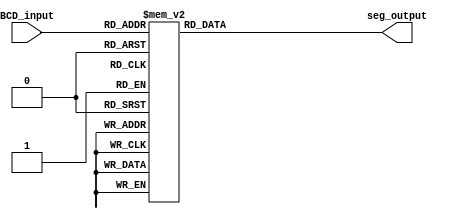
module BCD_Decoder (
    input [3:0] BCD_input,
    output reg [6:0] seg_output
);

always @(*) begin
    case (BCD_input)
        4'b0000: seg_output = 7'b1000000; // 0
        4'b0001: seg_output = 7'b1111001; // 1
        4'b0010: seg_output = 7'b0100100; // 2
        4'b0011: seg_output = 7'b0110000; // 3
        4'b0100: seg_output = 7'b0011001; // 4
        4'b0101: seg_output = 7'b0010010; // 5
        4'b0110: seg_output = 7'b0000010; // 6
        4'b0111: seg_output = 7'b1111000; // 7
        4'b1000: seg_output = 7'b0000000; // 8
        4'b1001: seg_output = 7'b0010000; // 9
        default: seg_output = 7'b1111111; // Turn off all segments
    endcase
end

endmodule